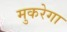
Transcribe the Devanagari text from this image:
मुकरेगा